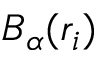
B _ { \alpha } ( \mathfrak { r } _ { i } )